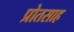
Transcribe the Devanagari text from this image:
प्रोतसाह